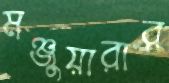
মঞ্জুয়ারার